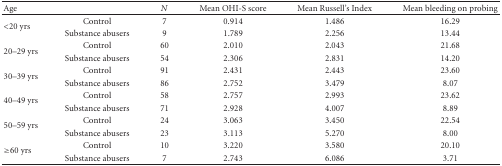
<table><thead><tr><td><b>Age</b></td><td></td><td><b><i>N</i></b></td><td><b>Mean OHI-S score</b></td><td><b>Mean Russell&#x27;s Index</b></td><td><b>Mean bleeding on probing</b></td></tr></thead><tbody><tr><td rowspan="2">&lt;20 yrs</td><td>Control</td><td>7</td><td>0.914</td><td>1.486</td><td>16.29</td></tr><tr><td>Substance abusers</td><td>9</td><td>1.789</td><td>2.256</td><td>13.44</td></tr><tr><td rowspan="2">20–29 yrs</td><td>Control</td><td>60</td><td>2.010</td><td>2.043</td><td>21.68</td></tr><tr><td>Substance abusers</td><td>54</td><td>2.306</td><td>2.831</td><td>14.20</td></tr><tr><td rowspan="2">30–39 yrs</td><td>Control</td><td>91</td><td>2.431</td><td>2.443</td><td>23.60</td></tr><tr><td>Substance abusers</td><td>86</td><td>2.752</td><td>3.479</td><td>8.07</td></tr><tr><td rowspan="2">40–49 yrs</td><td>Control</td><td>58</td><td>2.757</td><td>2.993</td><td>23.62</td></tr><tr><td>Substance abusers</td><td>71</td><td>2.928</td><td>4.007</td><td>8.89</td></tr><tr><td rowspan="2">50–59 yrs</td><td>Control</td><td>24</td><td>3.063</td><td>3.450</td><td>22.54</td></tr><tr><td>Substance abusers</td><td>23</td><td>3.113</td><td>5.270</td><td>8.00</td></tr><tr><td rowspan="2">≥60 yrs</td><td>Control</td><td>10</td><td>3.220</td><td>3.580</td><td>20.10</td></tr><tr><td>Substance abusers</td><td>7</td><td>2.743</td><td>6.086</td><td>3.71</td></tr></tbody></table>